Annual administration report of the Civil Veterinary Department of India - 1899-1900
Year: 1899
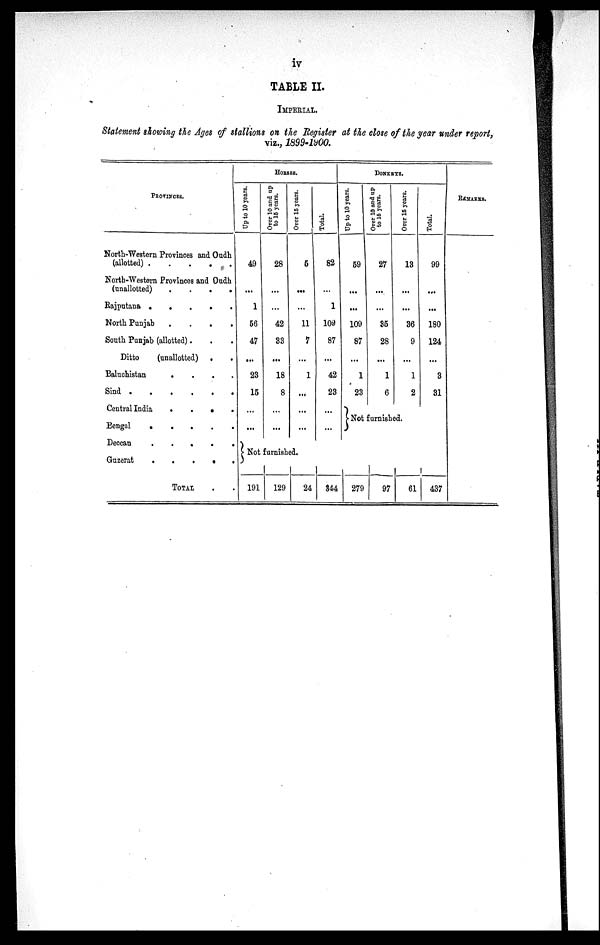
iv
TABLE II.
IMPERIAL.
Statement showing the Ages of stallions on the Register at the close of the year under report,
viz., 1899-1900.
PROVINCES.
North-Western Provinces and Oudh
(allotted). . . . . . .
North-Western Provinces and Oudh
(unallotted)
.
.
.
.
Rajputana
.
.
.
.
.
North Punjab . . . .
South Punjab (allotted) . . .
Ditto
(unallotted) . .
Baluchistan
.
.
.
.
Sind
.
.
.
.
.
.
Central India
.
.
.
.
Bengal
.
.
.
.
.
.
Deccan
.
.
.
.
.
Guzerat
.
.
.
.
.
TOTAL . .
HORSES.
Up to 10 years.
49
...
1
56
47
...
23
15
...
...
Over 10 and upto 15 years.
28
...
...
42
33
...
18
8
...
...
Over 15 years.
5
...
...
11
7
...
1
...
...
...
Total.
82
...
1
109
87
...
42
23
...
...
DONKEYS.
Up to 10 years.
59
...
...
109
87
...
1
23
Over 10 and up
to 15 years.
27
...
...
35
28
...
1
6
Over 15 years.
13
...
...
36
9
...
1
2
Total.
99
...
...
180
124
...
3
31
Not furnished.
REMARKS.
Not furnished.
191
129
24
344 279
97
61 437